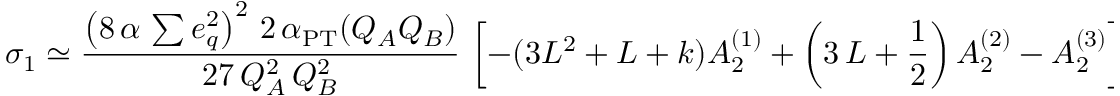
\sigma _ { 1 } \simeq { \frac { \left( 8 \, \alpha \, \sum e _ { q } ^ { 2 } \right) ^ { 2 } \, 2 \, \alpha _ { \mathrm { { P T } } } ( Q _ { A } Q _ { B } ) } { 2 7 \, Q _ { A } ^ { 2 } \, Q _ { B } ^ { 2 } } } \, \left[ - ( 3 L ^ { 2 } + L + k ) A _ { 2 } ^ { ( 1 ) } + \left( 3 \, L + { \frac { 1 } { 2 } } \right) A _ { 2 } ^ { ( 2 ) } - A _ { 2 } ^ { ( 3 ) } \right]